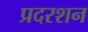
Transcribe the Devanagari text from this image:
प्रदरशन